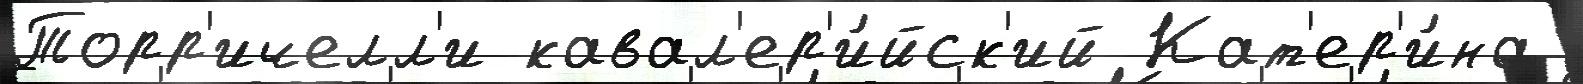
Торр'ичелл'и кавал'ер'и́йск'ий Кат'ер'и́на